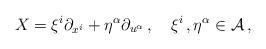
LaTeX: \begin{align*} X=\xi^{i}\partial_{x^i} + \eta^{\alpha} \partial_{u^{\alpha}}\,, \quad \xi^{i}\,, \eta^{\alpha} \in \cal{A}\,,\end{align*}